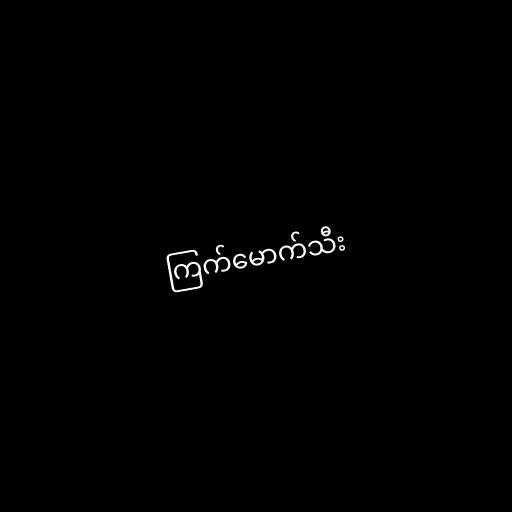
ကြက်မောက်သီး